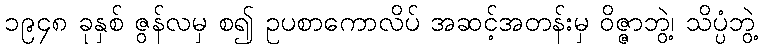
၁၉၄၈ ခုနှစ် ဇွန်လမှ စ၍ ဥပစာကောလိပ် အဆင့်အတန်းမှ ဝိဇ္ဇာဘွဲ့၊ သိပ္ပံဘွဲ့